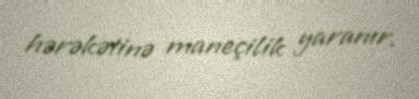
hərəkətinə maneçilik yaranır.